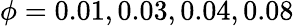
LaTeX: \phi=0.01,0.03,0.04,0.08